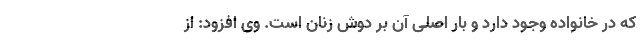
که در خانواده وجود دارد و بار اصلی آن بر دوش زنان است. وی افزود: از